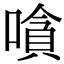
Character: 嗿